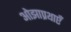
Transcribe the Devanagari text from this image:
ओझाप्रथाएँ